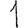
Digit: 1